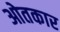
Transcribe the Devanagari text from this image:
ओतकार